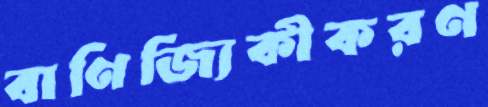
বাণিজ্যিকীকরণ